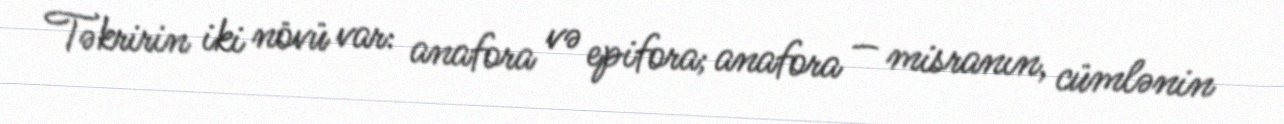
Təkririn iki növü var: anafora və epifora; anafora — misranın, cümlənin